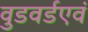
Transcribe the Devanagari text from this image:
वुडवर्डएवं